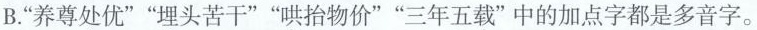
B.”养尊处优””埋头苦干””哄抬物价””三年五载”中的加点字都是多音字。